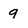
Character: 9